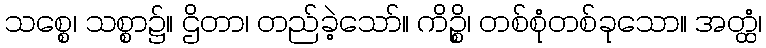
သစ္စေ၊ သစ္စာ၌။ ဌိတာ၊ တည်ခဲ့သော်။ ကိဉ္စိ၊ တစ်စုံတစ်ခုသော။ အတ္ထံ၊